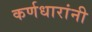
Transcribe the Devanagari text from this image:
कर्णधारांनी